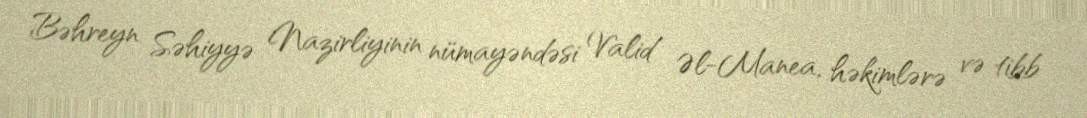
Bəhreyn Səhiyyə Nazirliyinin nümayəndəsi Valid Əl-Manea, həkimlərə və tibb